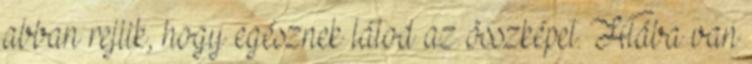
abban rejlik, hogy egésznek látod az összképet. Hiába van